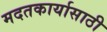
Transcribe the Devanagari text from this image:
मदतकार्यासाठी